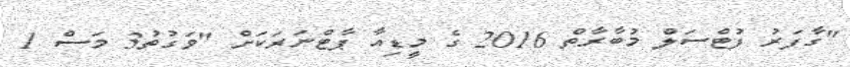
"ގާފަރު ފުޓްސަލް މުބާރާތް 2016 ގެ މީޑިއާ ޕާޓްނަރަކަށް "ވަގުތު3 މަސް 1